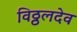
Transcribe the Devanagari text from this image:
विठ्ठलदेव